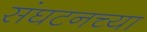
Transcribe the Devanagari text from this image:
संघटनच्या